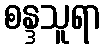
စန္ဒသူရာ